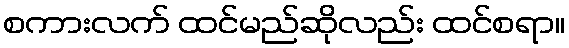
စကားလက် ထင်မည်ဆိုလည်း ထင်စရာ။